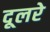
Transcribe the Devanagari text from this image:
दूलरे